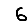
Digit: 6